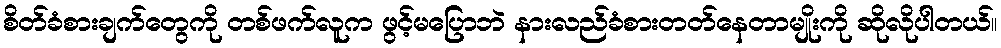
စိတ်ခံစားချက်တွေကို တစ်ဖက်လူက ဖွင့်မပြောဘဲ နားလည်ခံစားတတ်နေတာမျိုးကို ဆိုလိုပါတယ်။